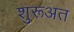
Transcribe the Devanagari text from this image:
शुरूअत